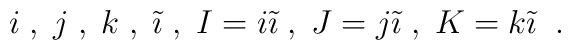
i\; , \; j \; , \; k \; , \; \tilde{\imath}\; , \; I=i\tilde{\imath} \; , \;J=j\tilde{\imath}\; , \; K=k\tilde{\imath} \; \; .